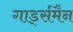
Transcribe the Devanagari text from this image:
गार्ड्समैन